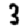
Digit: 3